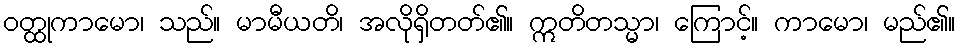
ဝတ္ထုကာမော၊ သည်။ မာမီယတိ၊ အလိုရှိတတ်၏။ ဣတိတသ္မာ၊ ကြောင့်။ ကာမော၊ မည်၏။